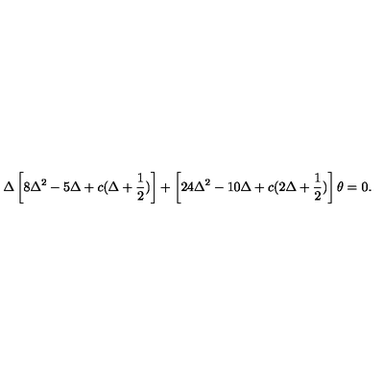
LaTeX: \Delta \left[ 8 \Delta ^ { 2 } - 5 \Delta + c ( \Delta + \frac { 1 } { 2 } ) \right] + \left[ 2 4 \Delta ^ { 2 } - 1 0 \Delta + c ( 2 \Delta + \frac { 1 } { 2 } ) \right] \theta = 0 .